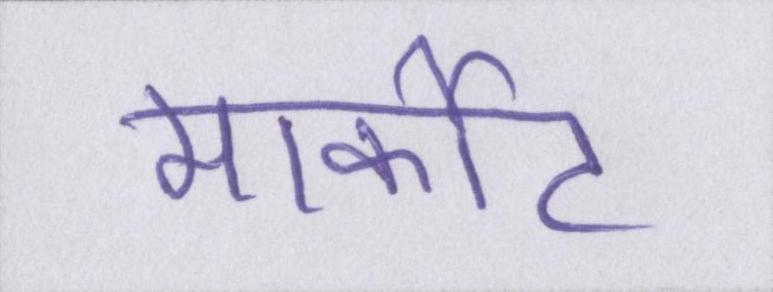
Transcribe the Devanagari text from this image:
मार्कीट